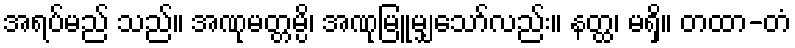
အရပ်မည် သည်။ အဏုမတ္တမ္ပိ၊ အဏုမြူမျှသော်လည်း။ နတ္ထ၊ မရှိ။ တထာ-တံ